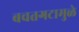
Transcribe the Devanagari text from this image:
बचतगटामुळे